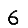
Digit: 6